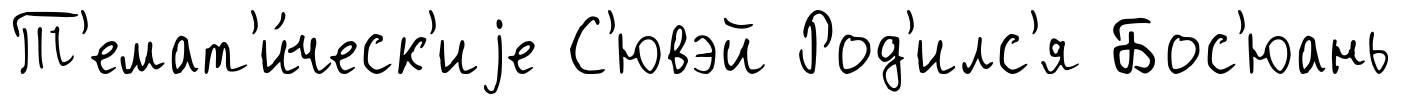
Т'емат'и́ческ'иjе С'ювэй Род'илс'я Бос'юань